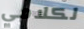
لكلامي